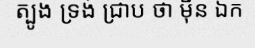
ត្បូង ទ្រង់ ជ្រាប ថា ម៉ឺន ឯក